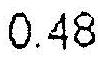
0.48